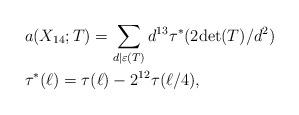
LaTeX: \begin{align*}& a(X_{14};T)=\sum_{d\mid\varepsilon (T)}d^{13}\tau^*(2{\rm det}(T)/d^2) \\& \tau^*(\ell)=\tau(\ell)-2^{12}\tau(\ell/4), \end{align*}